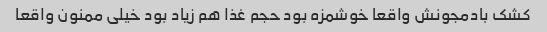
کشک بادمجونش واقعا خوشمزه بود حجم غذا هم زیاد بود خیلی ممنون واقعا